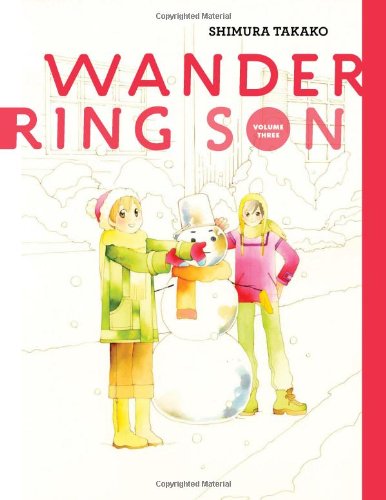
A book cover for Wandering Son, Vol. 3; Shimura Takako; Comics & Graphic Novels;